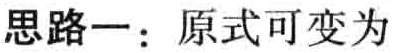
思路一：原式可变为